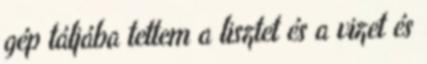
gép táljába tettem a lisztet és a vizet és